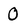
Character: 0